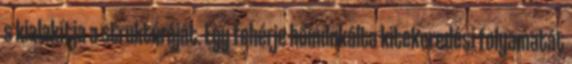
s kialakítja a struktúráját. Egy fehérje hőindukálta kitekeredési folyamatát